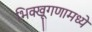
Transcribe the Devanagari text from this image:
भिक्खूगणामध्ये